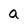
Character: a